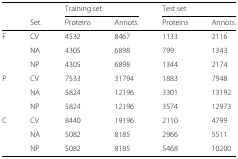
|  |  | <COLSPAN=2> Training set | <COLSPAN=2> Test set |
 |  | Set. | Proteins | Annots. | Proteins | Annots. |
 | --- | --- | --- | --- | --- | --- |
 | F | CV | 4532 | 8467 | 1133 | 2116 |
 |  | NA | 4305 | 6898 | 799 | 1343 |
 |  | NP | 4305 | 6898 | 1344 | 2174 |
 | P | CV | 7533 | 31794 | 1883 | 7948 |
 |  | NA | 5824 | 12196 | 3301 | 13192 |
 |  | NP | 5824 | 12196 | 3574 | 12973 |
 | C | CV | 8440 | 19196 | 2110 | 4799 |
 |  | NA | 5082 | 8185 | 2966 | 5511 |
 |  | NP | 5082 | 8185 | 5468 | 10200 |